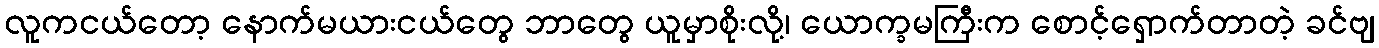
လူကငယ်တော့ နောက်မယားငယ်တွေ ဘာတွေ ယူမှာစိုးလို့၊ ယောက္ခမကြီးက စောင့်ရှောက်တာတဲ့ ခင်ဗျ